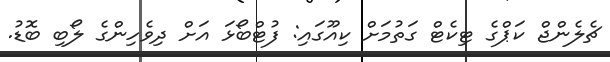
ޗެލެންޖް ކަޕްގެ ޓިކެޓް ގަތުމަށް ކިއޫގައި: ފުޓްބޯޅަ އަށް ދިވެހިންގެ ލޯބި ބޮޑު.